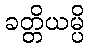
ခတ္တိယမ္ပိ